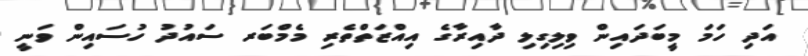
އަދި ހަމަ މީބަދައިން ވިލިގިލި ދާއިރާގެ އިއްޒަތްތެރި މެމްބަރ ސައުދު ހުސައިން ވަނީ